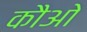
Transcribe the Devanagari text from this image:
कौओ